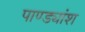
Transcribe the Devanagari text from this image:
पाण्ड्यांश